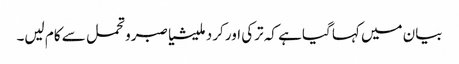
بیان میں کہا گیا ہے کہ ترکی اور کرد ملیشیا صبرو تحمل سے کام لیں۔